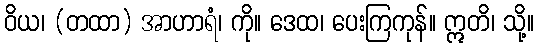
ဝိယ၊ (တထာ) အာဟာရံ၊ ကို။ ဒေထ၊ ပေးကြကုန်။ ဣတိ၊ သို့။